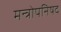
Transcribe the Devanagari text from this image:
मन्त्रोपनिषद